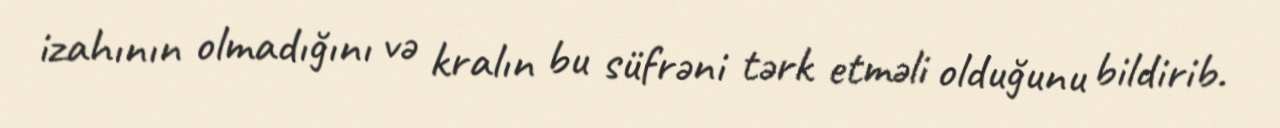
izahının olmadığını və kralın bu süfrəni tərk etməli olduğunu bildirib.